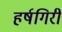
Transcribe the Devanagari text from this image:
हर्षगिरी